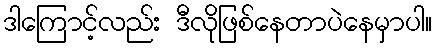
ဒါကြောင့်လည်း ဒီလိုဖြစ်နေတာပဲနေမှာပါ။